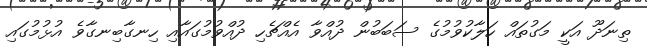
ތިނަދޫ އަކީ މަގުތައް ހަލާކުވުމުގެ ސަބަބުން ދުއްވާ އެއްޗެހި ދުއްވުމުގައާއި ހިނގާބިނގާވެ އުޅުމުގައި